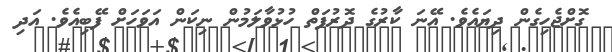
ގޮށްޖެހިގެން ދިޔައެވެ. އޭނަ ކާރުގެ ދޮރުފަތް ހުޅުވާލަމުން ނިކަން އަވަހަށް ފޭބިއެވެ. އަދި